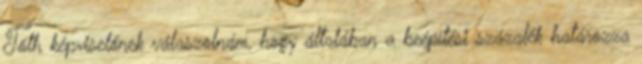
Tóth képviselőnek válaszolnám, hogy általában a beépítési százalék határozza